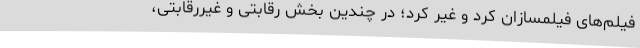
فيلم‌های فيلمسازان کُرد و غير کُرد؛ در چندین بخش رقابتی و غیررقابتی،